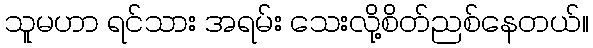
သူမဟာ ရင်သား အရမ်း သေးလို့စိတ်ညစ်နေတယ်။